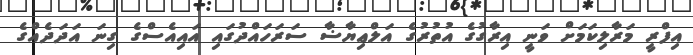
އިފްރީ މަރާލިކަމަށް ވަނީ އިރާގުގެ އުތުރުގެ އަލްޢިޔާޟާ ސަރަހައްދުގައި އައިއެސްގެ ގިނަ އަދަދެއްގެ